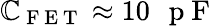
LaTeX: \mathbb{C}_{\mathrm{{~F~E~T~}}}\approx10\mathrm{{~\, ~p~F~}}